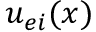
u _ { e i } ( x )